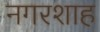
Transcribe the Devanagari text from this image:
नगरशाह